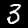
Label: 3